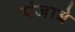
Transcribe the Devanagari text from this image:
पंजाबे